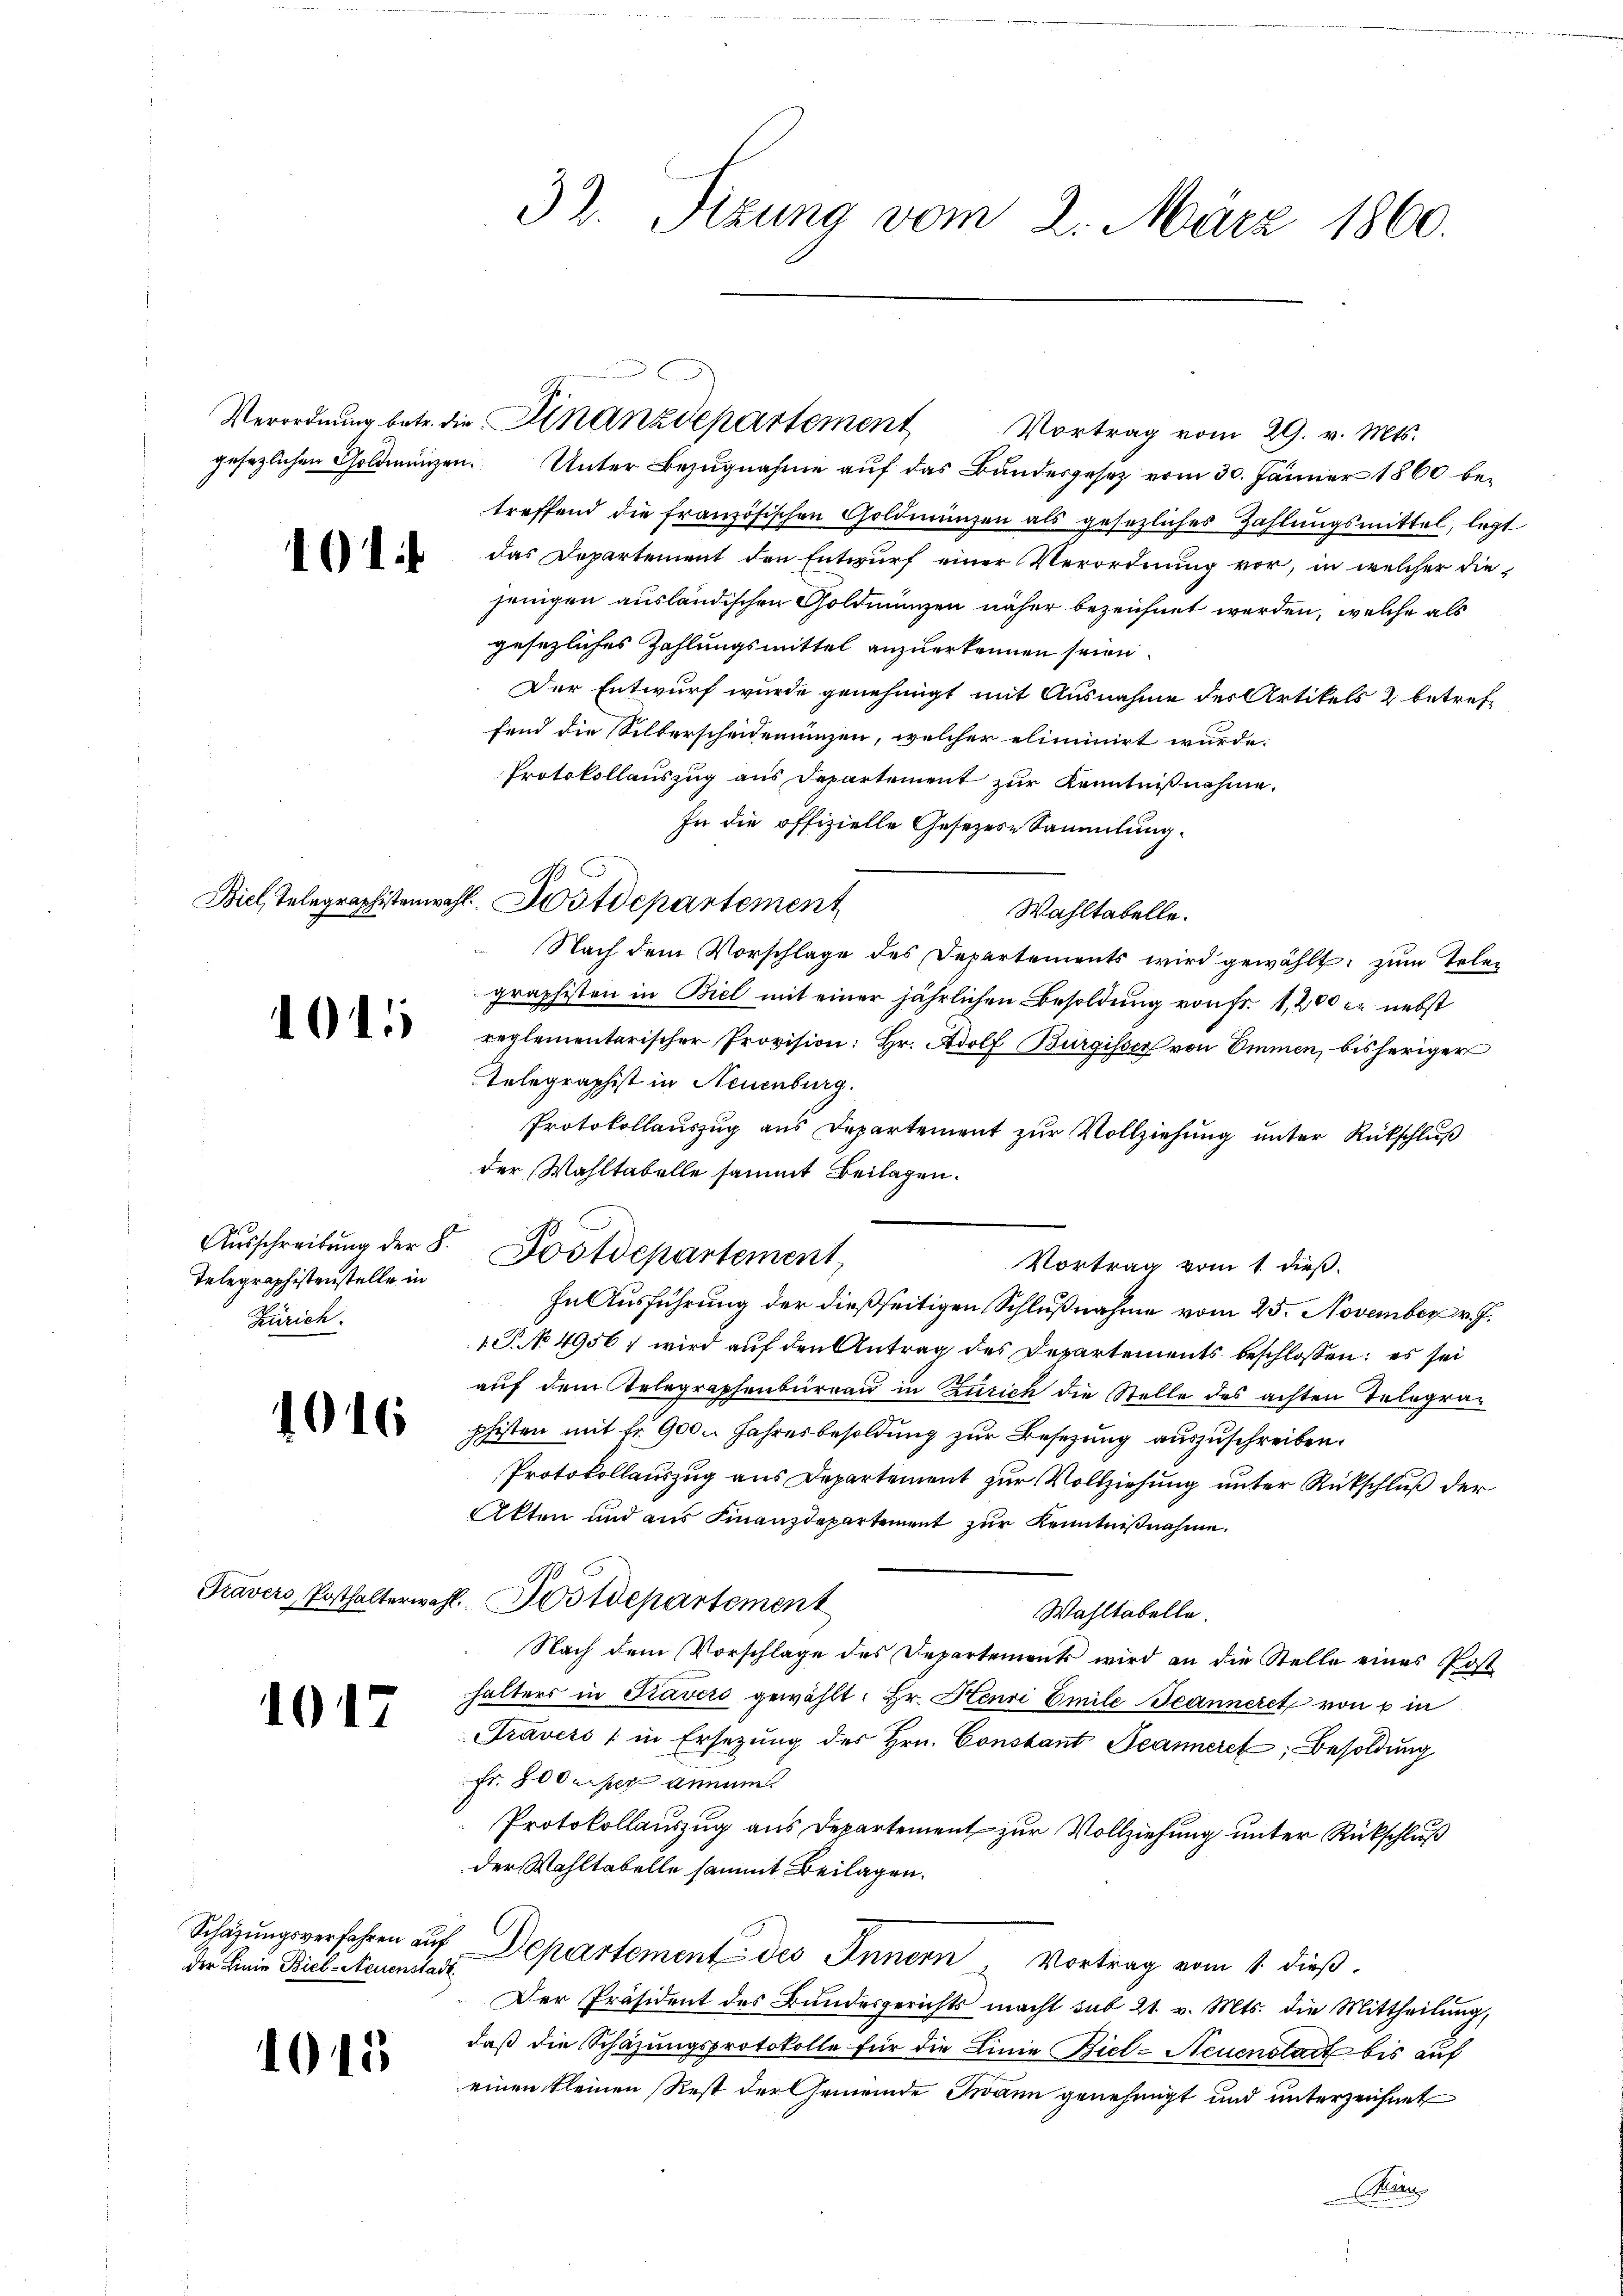
101

Telegraphistenstelle in
Zürich.

1016

1017

der Linie Biel-Neuenstadt

1015

gesezlichen Goldmünzen. Unter Bezugnahme auf das Bundesgesetz vom 30. Jänner 1860 betreffend die französischen Goldmünzen als gesezliches Zahlungsmittel, legt
das Departement den Entwurf einer Verordnung vor, in welcher die
jenigen ausländischen Goldmünzen näher bezeichnet werden, welche als
gesezliches Zahlungsmittel anzuerkennen seien.
Der Entwurf wurde genehmigt mit Ausnahme der Artikels 2 betreffend die Silberscheidenuinzen, welcher eliminirt wurde:
Protokollauszug aus Departement zur Kenntnißnahme.
In die offizielle Gesezese Sammlung.
Wahltabelle.
Nach dem Vorschlage des Departements wird gewählt, zum Telen
graphisten in Biel mit einer jährlichen Besoldung von Fr. 1,200 er nebst
 reglementarischer Provision: hr. Adolf Burgisser von Emmen, bisheriger
telegraphist in Neuenburg.
Protokollauszug aus Departement zur Vollziehung unter Rückschluß
der Wahltabelle sammt Beilagen.
Aŭsschreibŭng der 8. Postdepartement
Vortrag vom 1. dieß.
In Ausführung der dießseitigen Schlußnahme vom 25. November v. J.
1.P. No 4956; wird auf den Antrag des Departements beschlossen: es sei
auf dem Telegraphenbureau in Zürich die Stelle des achten Telegraphisten mit fr. 900 Jahresbesoldung zur Besetzung auszuschreiben.
Protokollauszug aus Departement zur Vollziehung unter Rückschluß der
Akten und aus Finanzdepartement zur Kenntnißnahme.
Travers, Posthalterwahl Kostdepartement
Wahltabelle.
Nach dem Vorschlage des Departement wird an die Stelle eines Post
halters in Tavero gewählt: Hr. Henri Emile Jeanneret von 2 in
Travers (in Ersetzŭng des Hrn. Constant Jeannere Besoldung
Fr. 800 erst nunme
Protokollauszug aus Departement zur Vollziehung unter Rückschluß
der Wahltabelle sammt Beilagen.
Schäzŭngsverfahren aŭf Departement des Innern Vortrag vom 1. dieβ.
Der Präsident des Bundesgerichts macht sub 21. v. Mts. die Mittheilŭng,
daß die Schazungsprotokolle für die Linie Biel-Neuenstatt bis auf
einen kleinen Rest der Gemeinde Swann genehmigt und unterzeichnet
Trien

32. Sizung vom 2. März 1860.

Biel, Telegraphistenwahl Wostdepartement

Verordnŭng betr. die Finanzdepartement Vortrag vom 29. v. Mts.